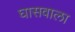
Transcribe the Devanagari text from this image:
घासवाला